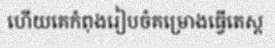
ហើយគេកំពុងរៀបចំគម្រោងធ្វើតេស្ត